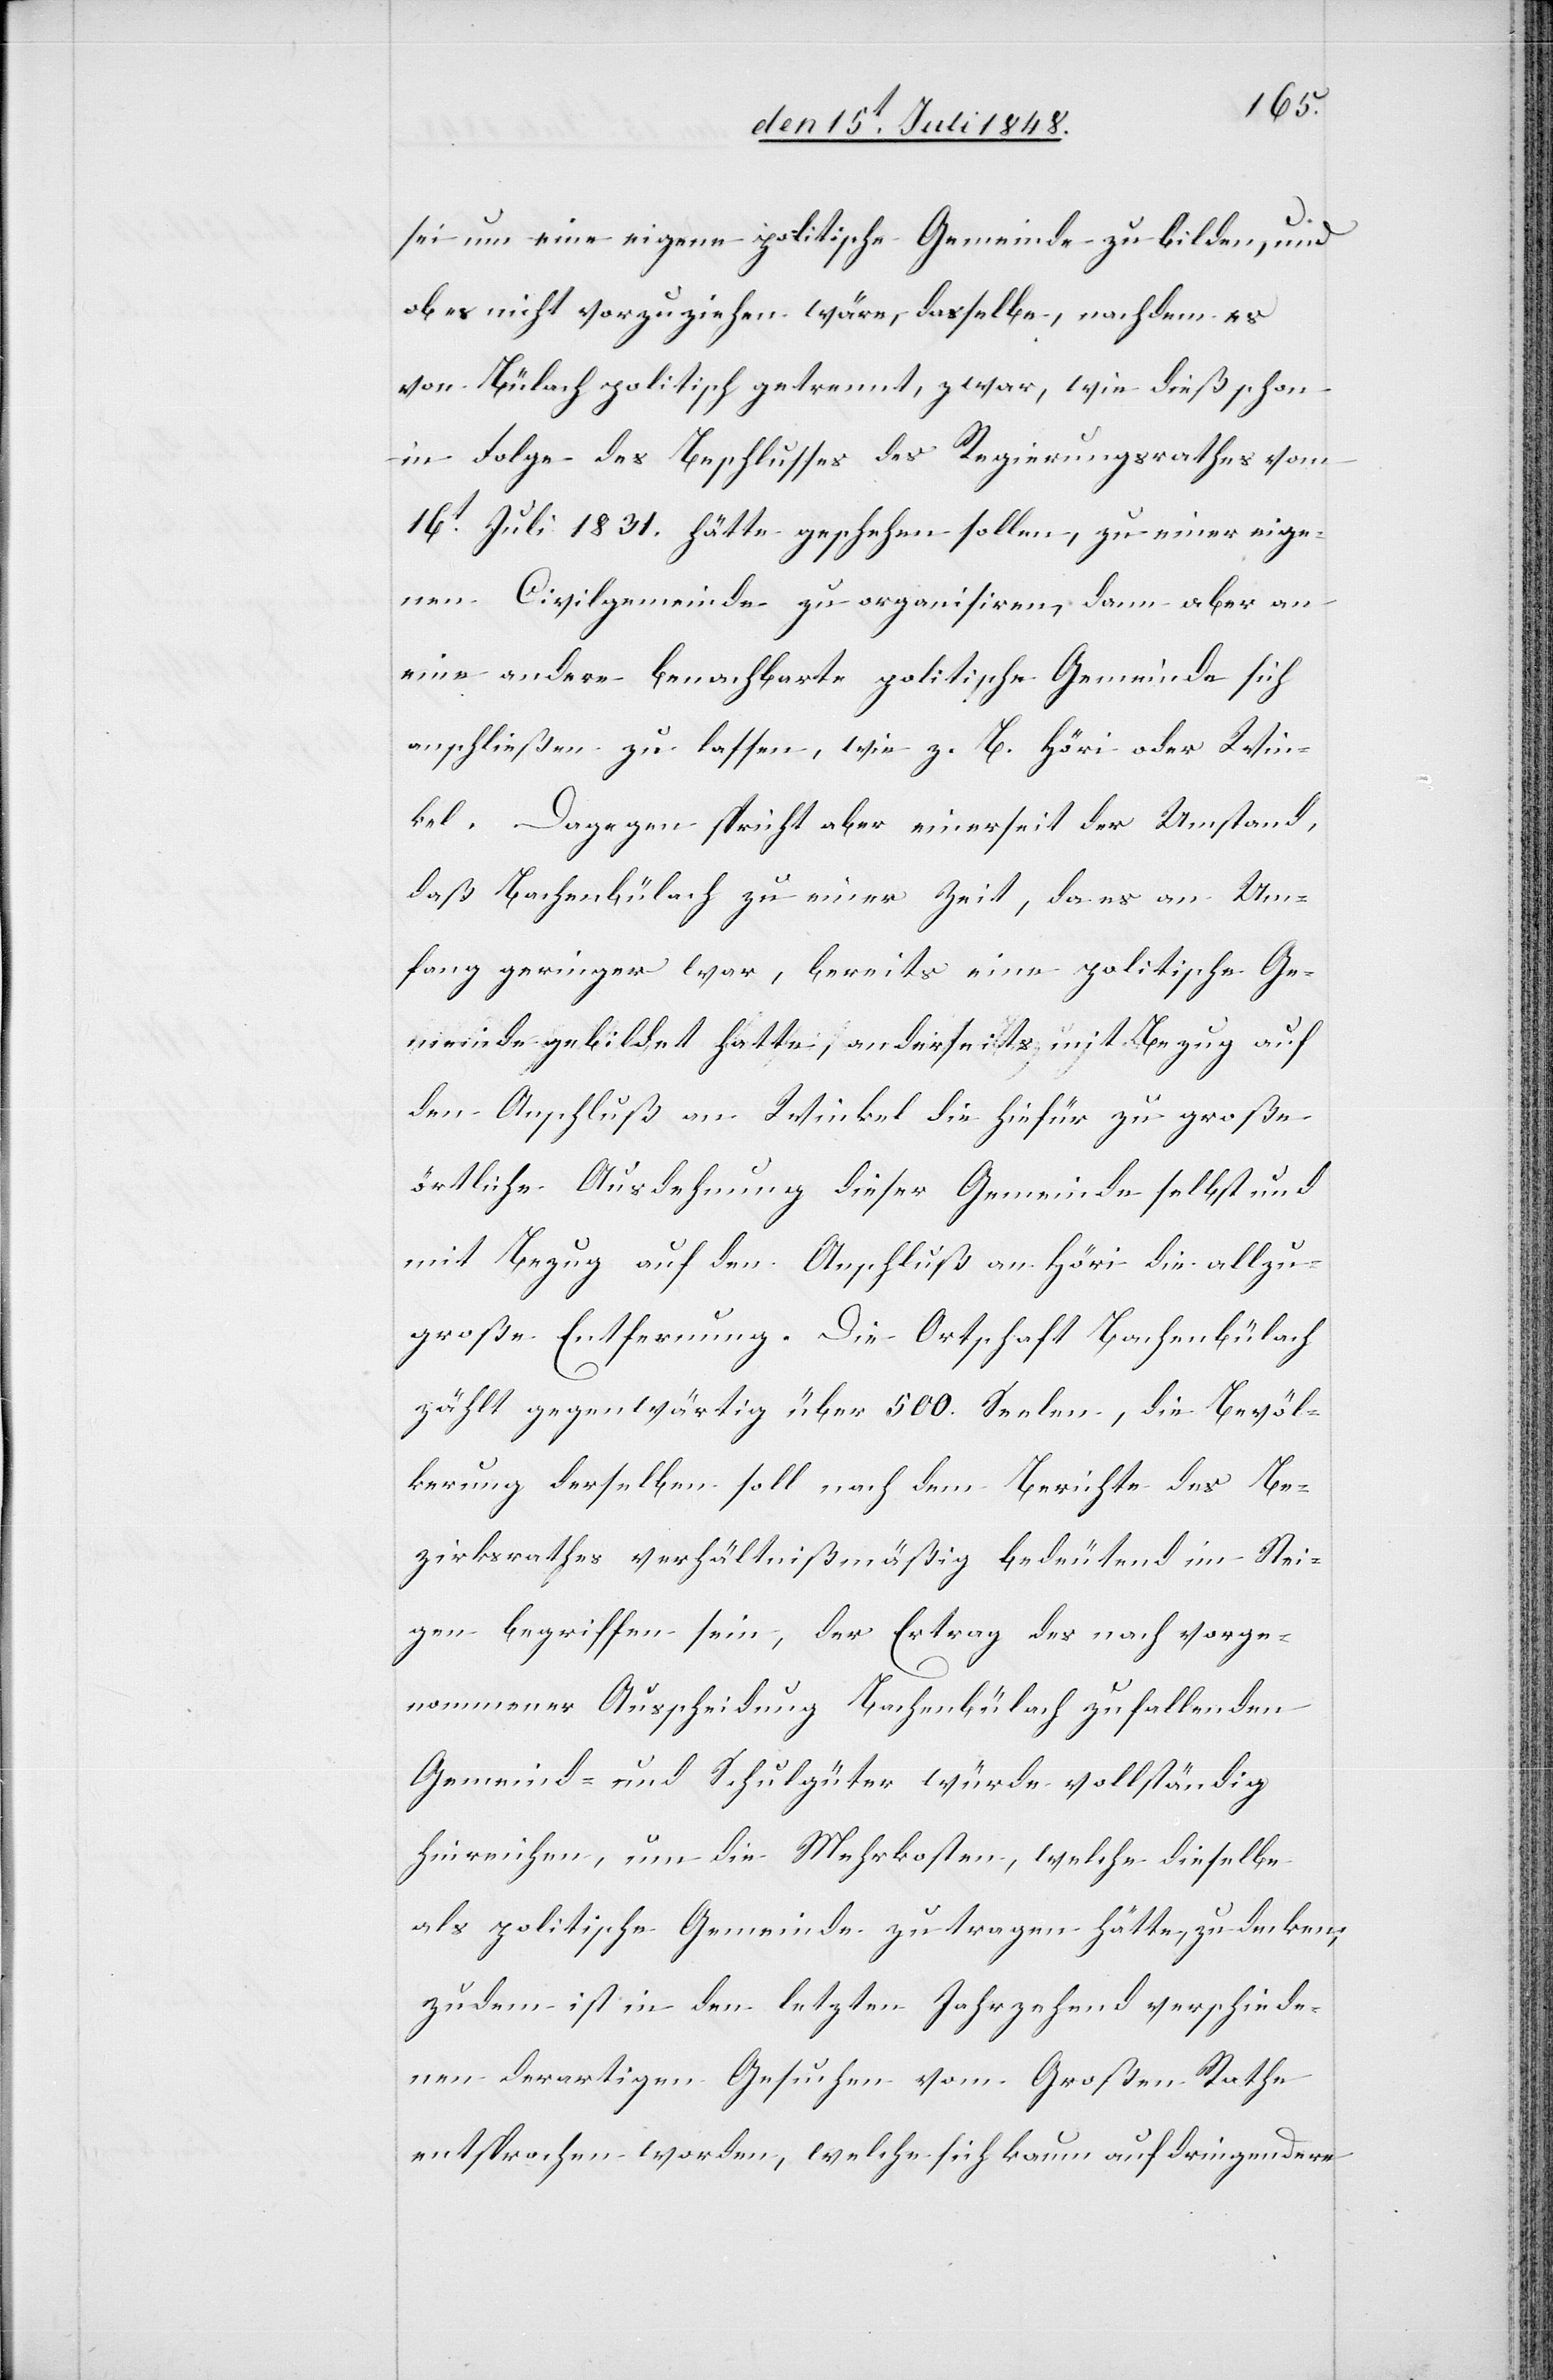
sei um eine eigene politische Gemeinde zu bilden, und
ob es nicht vorzuziehen wäre, dasselbe, nachdem es
von Bülach politisch getrennt, zwar, wie dieß schon
in Folge des Beschlusses des Regierungsrathes vom
16t Juli 1831. hätte geschehen sollen, zu einer eige¬
nen Civilgemeinde zu organisiren, dann aber an
eine andere benachbarte politische Gemeinde sich
anschließen zu lassen, wie z. B. Höri oder Win¬
kel. Dagegen spricht aber einerseits der Umstand,
daß Bachenbülach zu einer Zeit, da es an Um¬
fang geringer war, bereits eine politische Ge¬
meinde gebildet hatte, anderseits mit Bezug auf
den Anschluß an Winkel die hiefür zu große
örtliche Ausdehnung dieser Gemeinde selbst und
mit Bezug auf den Anschluß an Höri die allzu¬
große Entfernung. Die Ortschaft Bachenbülach
zählt gegenwärtig über 500. Seelen, die Bevöl¬
kerung derselben soll nach dem Bericht des Be¬
zirksrathes verhältnißmäßig bedeutend im Stei¬
gen begriffen sein, der Ertrag des nach vorge¬
nommener Ausscheidung Bachenbülach zu fallenden
Gemeind- und Schulgüter würde vollständig
hinreichen, um die Mehrkosten, welche dieselbe
als politische Gemeinde zu tragen hätte, zu decken;
zudem ist in den letzten Jahrzehend verschiede¬
nen derartigen Gesuchen vom Großen Rathe
entsprochen worden, welche sich kaum auf dringendere